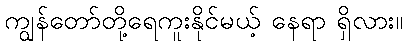
ကျွန်တော်တို့ရေကူးနိုင်မယ့် နေရာ ရှိလား။